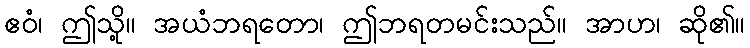
ဧဝံ၊ ဤသို့။ အယံဘရတော၊ ဤဘရတမင်းသည်။ အာဟ၊ ဆို၏။